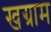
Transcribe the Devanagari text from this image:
खग्राम